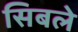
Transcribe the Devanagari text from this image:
सिबले